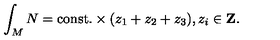
\int _ { M } N = \mathrm { c o n s t . } \times ( z _ { 1 } + z _ { 2 } + z _ { 3 } ) , z _ { i } \in \mathrm { { \bf Z } } .